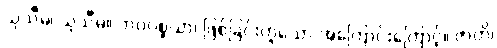
သုသီမ၊ သုသီမ။ ဘဝပစ္စယာ၊ ဖြစ်ခြင်းဟူသော အကြောင်းကြောင့်။ ဇာတိ၊